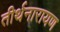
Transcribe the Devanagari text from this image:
तीर्थनारायण